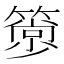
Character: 𥳦